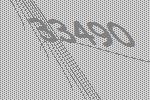
33490